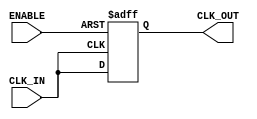
module clk_buffer (
    input wire CLK_IN,        // Input clock signal
    input wire ENABLE,        // Enable signal to control the output clock
    output reg CLK_OUT        // Buffered clock output
);

// Internal signal for clock buffering
reg clk_buf;

// Clock buffering logic
always @(posedge CLK_IN or negedge ENABLE) begin
    if (!ENABLE) begin
        // When ENABLE is low, put CLK_OUT in high-impedance state
        CLK_OUT <= 1'bz;
    end else begin
        // Buffer the clock signal when ENABLE is high
        CLK_OUT <= CLK_IN;
    end
end

endmodule